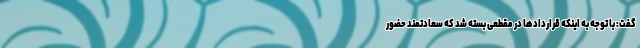
گفت: با توجه به اینکه قراردادها در مقطعی بسته شد که سعادتمند حضور